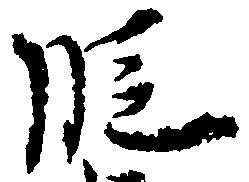
段